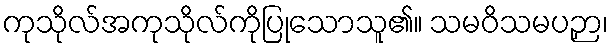
ကုသိုလ်အကုသိုလ်ကိုပြုသောသူ၏။ သမဝိသမပဉှာ၊